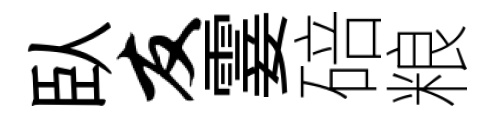
臥友霎碚粮